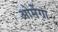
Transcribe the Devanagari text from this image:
ओमेंगा